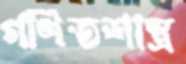
গণিতশাস্ত্র